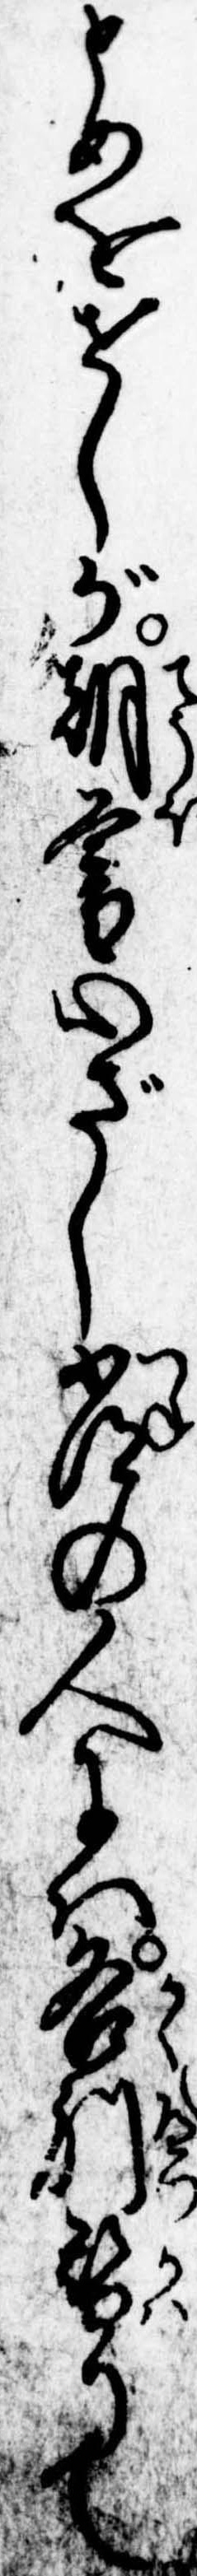
とめをせしが朝暮心ざし常の人には各別替りて